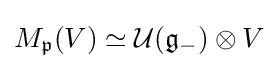
M_{\mathfrak {p}}(V)\simeq {\mathcal {U}}({\mathfrak {g}}_{-})\otimes V